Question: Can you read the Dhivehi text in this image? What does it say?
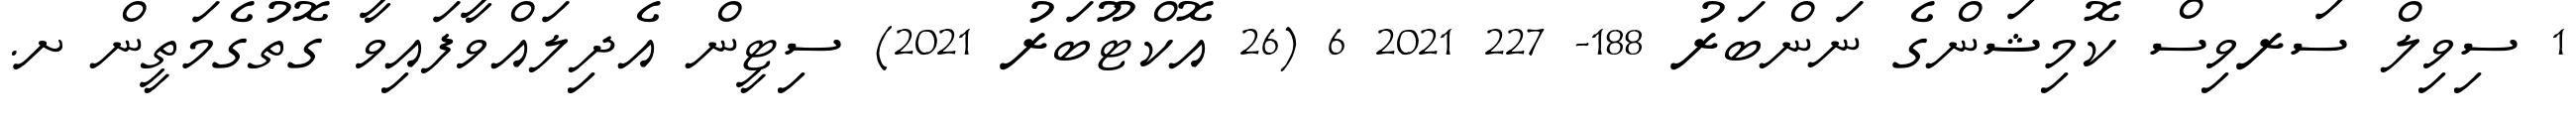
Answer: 1 ސިވިލް ސަރވިސް ކޮމިޝަންގެ ނަންބަރު 188- 227 2021 6 (26 އޮކްޓޫބަރު 2021) ސިޓީން އެދިލައްވާފައިވާ ގޮތުގެމަތީން ށ.